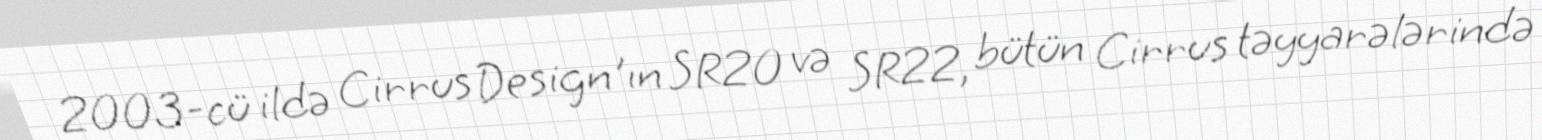
2003-cü ildə Cirrus Design'ın SR20 və SR22, bütün Cirrus təyyarələrində